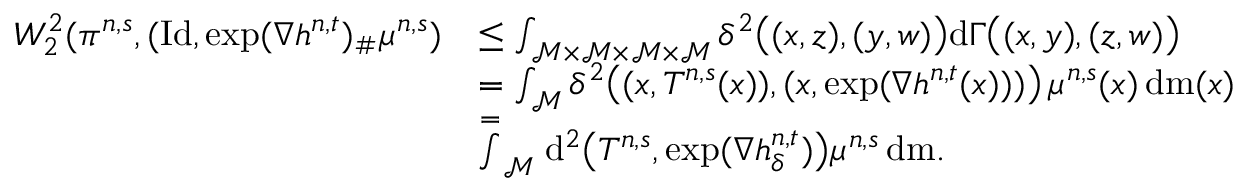
\begin{array} { r l } { W _ { 2 } ^ { 2 } ( \pi ^ { n , s } , ( \mathrm { I d } , \exp ( \nabla h ^ { n , t } ) _ { \# } \mu ^ { n , s } ) } & { \leq \int _ { \mathcal { M } \times \mathcal { M } \times \mathcal { M } \times \mathcal { M } } \delta ^ { 2 } \big ( ( x , z ) , ( y , w ) \big ) \mathrm { d } \Gamma \big ( ( x , y ) , ( z , w ) \big ) } \\ & { = \int _ { \mathcal { M } } \delta ^ { 2 } \big ( ( x , T ^ { n , s } ( x ) ) , ( x , \exp ( \nabla h ^ { n , t } ( x ) ) ) \big ) \, \mu ^ { n , s } ( x ) \, \mathrm { d } \mathrm { m } ( x ) } \\ & { \stackrel { = } \int _ { \mathcal { M } } \mathrm { d } ^ { 2 } \big ( T ^ { n , s } , \exp ( \nabla h _ { \delta } ^ { n , t } ) \big ) \mu ^ { n , s } \, \mathrm { d } \mathrm { m } . } \end{array}